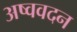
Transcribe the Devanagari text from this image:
अष्ववदन